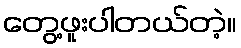
တွေ့ဖူးပါတယ်တဲ့။